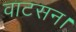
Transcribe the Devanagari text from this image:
वाटसन।